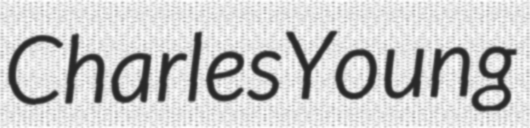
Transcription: Charles Young